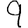
Digit: 9